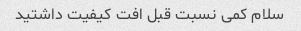
سلام کمی نسبت قبل افت کیفیت داشتید